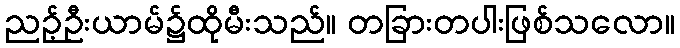
ညဉ့်ဦးယာမ်၌ထိုမီးသည်။ တခြားတပါးဖြစ်သလော။